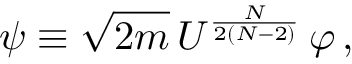
\psi \equiv \sqrt { 2 m } \, U ^ { \frac { N } { 2 ( N - 2 ) } } \, \varphi \, ,